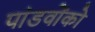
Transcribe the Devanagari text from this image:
पांडवोंको